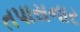
તપાસનાર